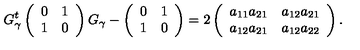
G _ { \gamma } ^ { t } \left( \begin{array} { c } { 0 } \\ { 1 } \\ \end{array} \begin{array} { c c } { 1 } \\ { 0 } \\ \end{array} \right) G _ { \gamma } - \left( \begin{array} { c } { 0 } \\ { 1 } \\ \end{array} \begin{array} { c c } { 1 } \\ { 0 } \\ \end{array} \right) = 2 \left( \begin{array} { c } { a _ { 1 1 } a _ { 2 1 } } \\ { a _ { 1 2 } a _ { 2 1 } } \\ \end{array} \begin{array} { c c } { a _ { 1 2 } a _ { 2 1 } } \\ { a _ { 1 2 } a _ { 2 2 } } \\ \end{array} \right) .